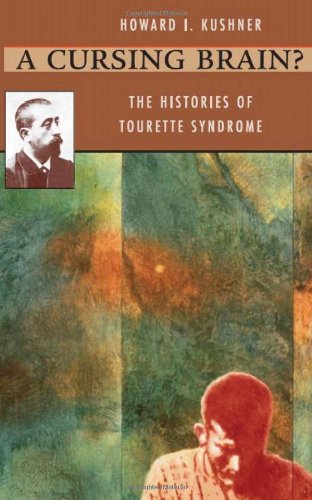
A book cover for A Cursing Brain?: The Histories of Tourette Syndrome; Howard I. Kushner; Health, Fitness & Dieting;